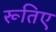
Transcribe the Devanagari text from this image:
रूतिए